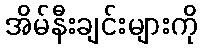
အိမ်နီးချင်းများကို